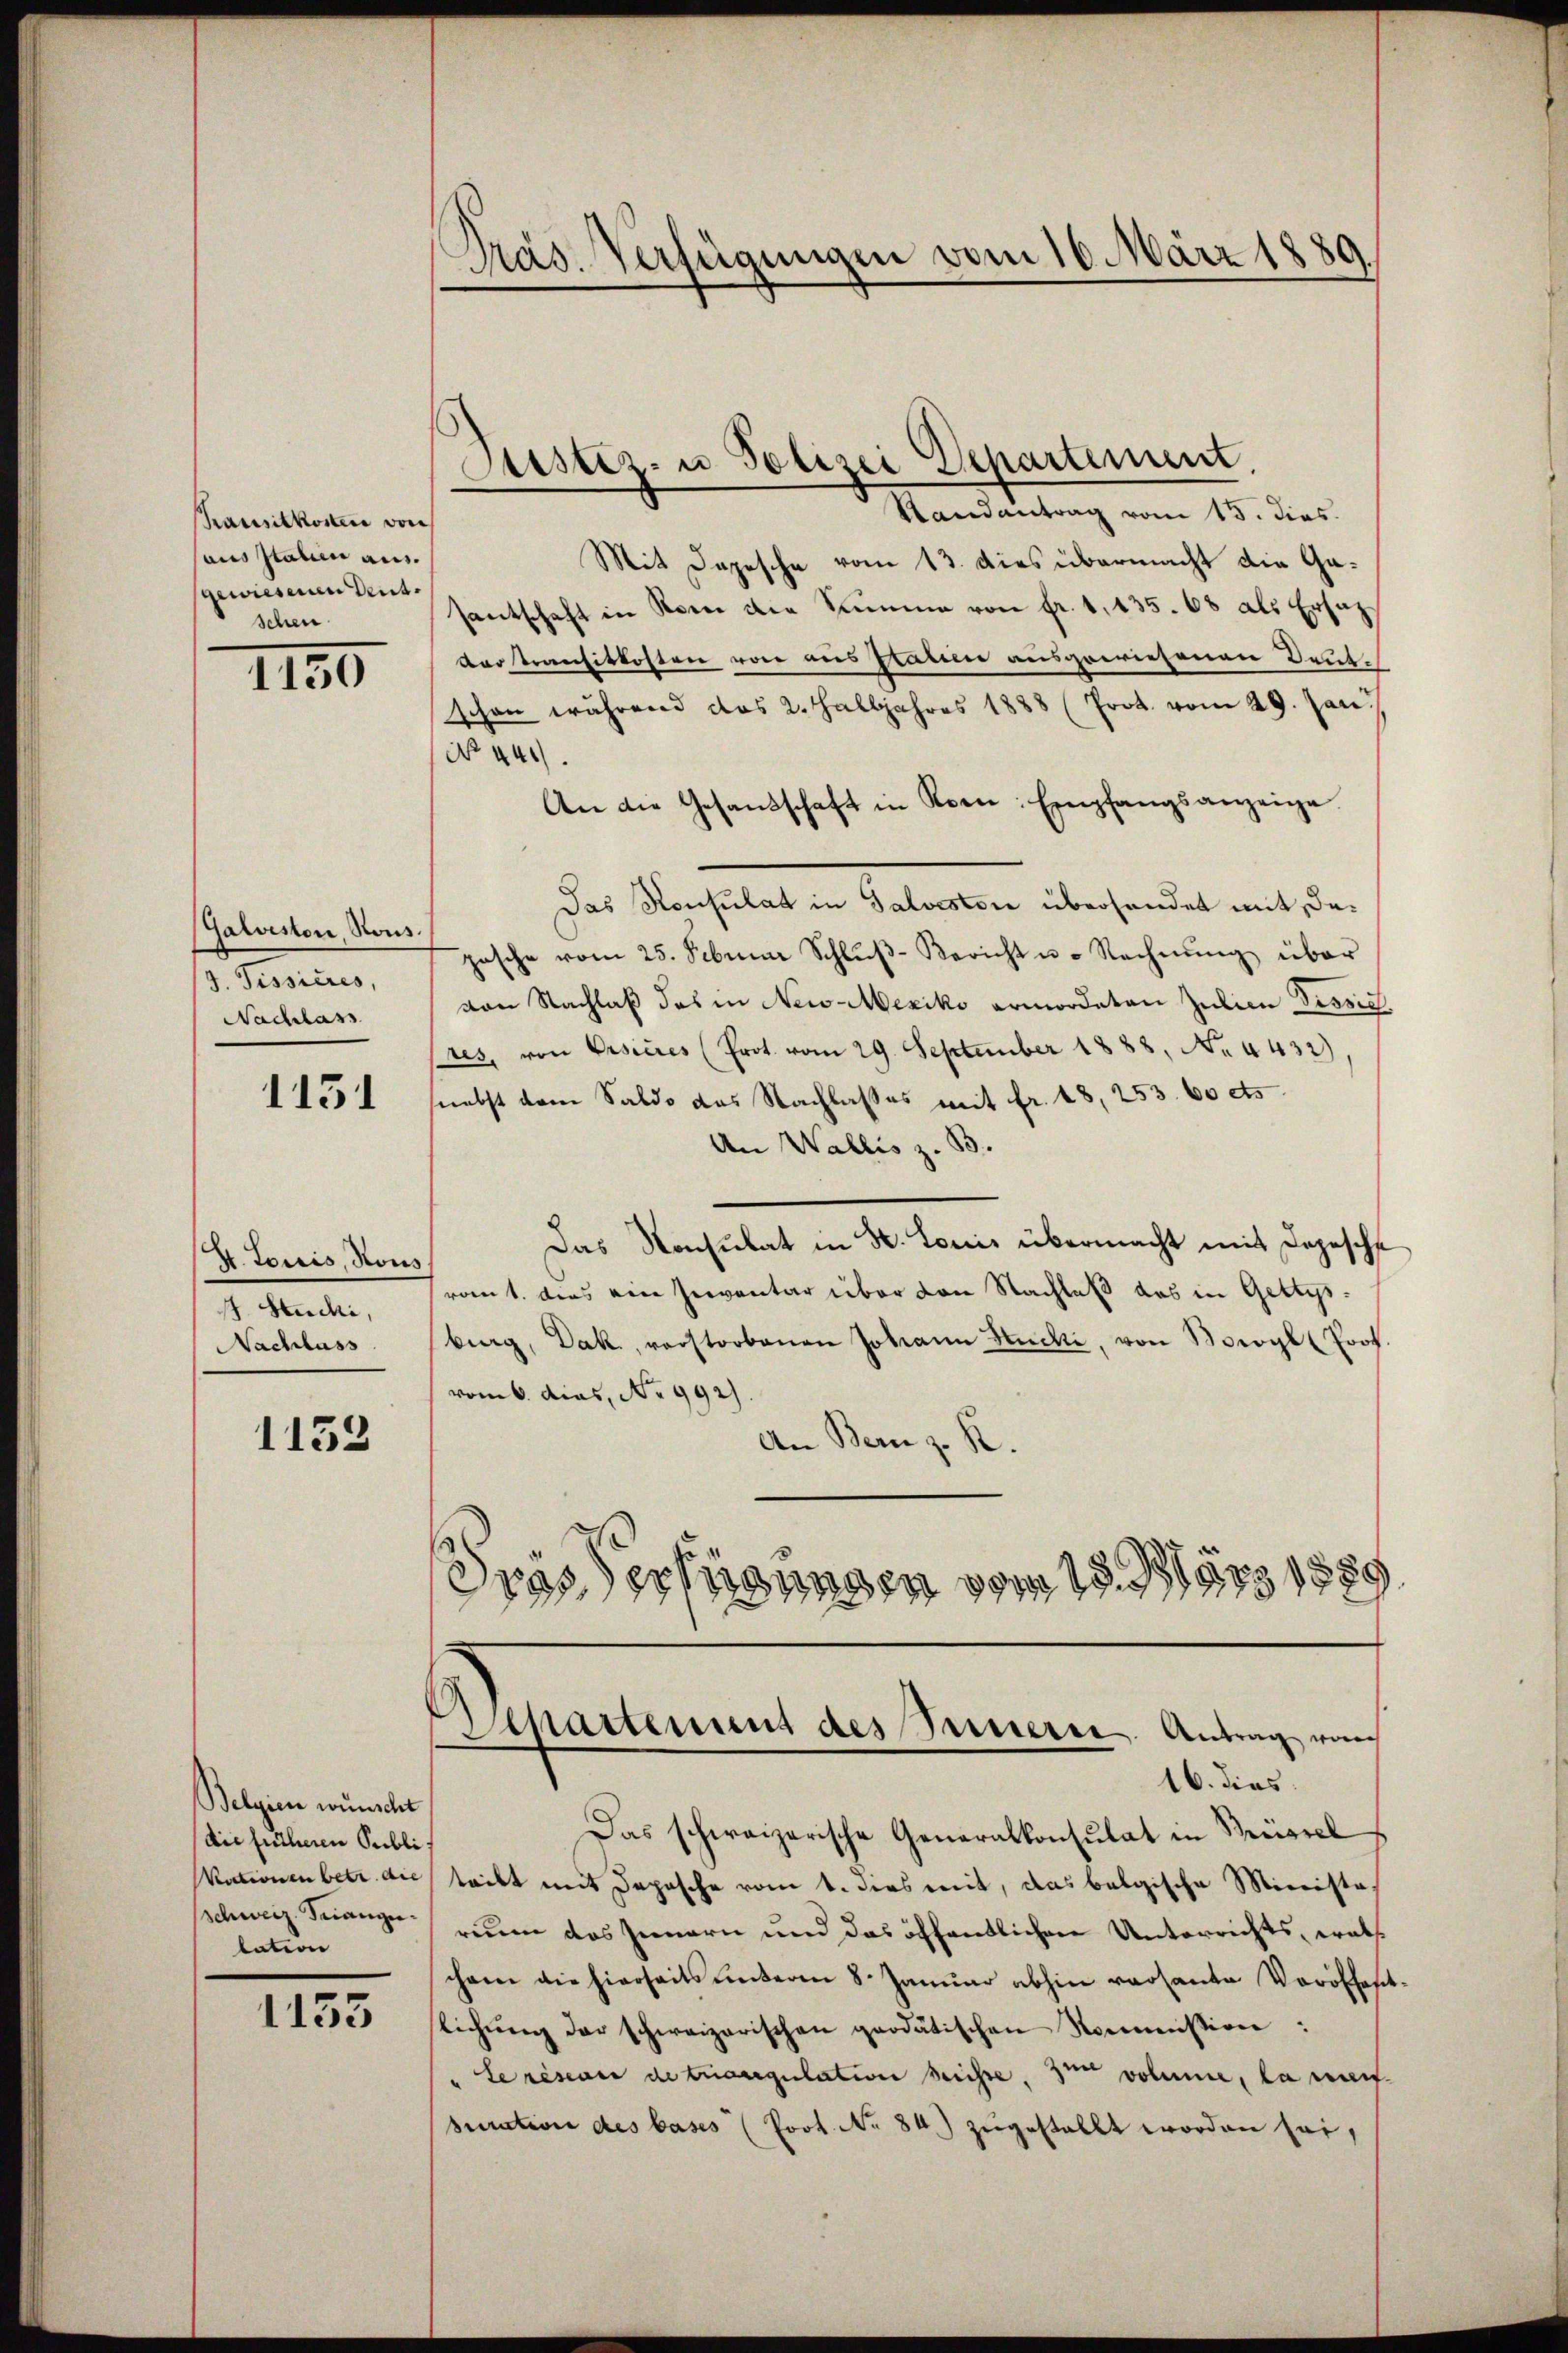
Chausitkonten von
aus Italien aus.
gewiesenen Deutschen

1150

Galveston, Rous.
3. Tessieres,
Nachlass

1131

H. Lorris, Kons
1 Hudi,
Nachlass

1152

Belgien wünscht
die früheren Publi
Vationen betr. die
schweiz. Tuangelation

1153

Pras. Verfügungen vom 16. März 1889.

Randantrag vom 15. dies
Mit Depesche vom 13. dies übermacht die Gasantschaft in Sonne die Summe von fr. 1, 135. 68 als Ersatz
dertransitkosten von aus Platine ausgewiesenen Deutschon während das 2. Halbjahres 1888 (Prot. vom 29. Jan.
No 441.
An die Gesandschaft in Roen: Empfangsanzeige.
Das Konsulat in Salveston überhandet mit, dapasche vom 25. Februar Schlŭβ-Bericht u. Rechnŭng über
von Nachlaß das in New-Mexiko ermordeten Julien Disrich,
res, von Visieres (Prot. vom 29. September 1888, No. 4432)
nebst dem Saldo das Nachlasses mit fr. 18, 253. 60 cts
An Wallis z. B.
Das Konsulat in H. Louis übermacht mit Depesche
ront. dies ein serventar über von Nachlaß das in Getrysburg, Dak, verstorbenen Johann Stücke, von Borogl Prof.
vom 6. dies, No 992)
An Bern z. R.
Gras erfügungen vom 15. März 1880

Justiz- u Polizei Departement.

Departement des Sauere. Antrag von
16. dies

Das schweizerische Generalkonsulat in Brüssel
trikt mit Depesche vom 1. dies mit, das belgische Ministarium das Innern und das öffentlichen Unterrichts, walchem die hierseits unterm 8. Januar abhin versante Veröffentstichŭng der schweizerischen prodätischen Noministion:
le resenen de triaregulation heisse, zum volume, la nachsuration des bases (Post No 84) zugestellt worden sei,